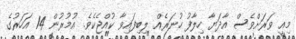
މިއީ ވަރަށްވެސް އާދަޔާ ހިލާފު ހުނަރެއް ލިބިފައިވާ ކުއްޖެކެވެ. އުމުރުން 14 އަހަރުގެ